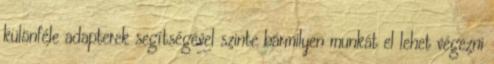
különféle adapterek segítségével szinte bármilyen munkát el lehet végezni